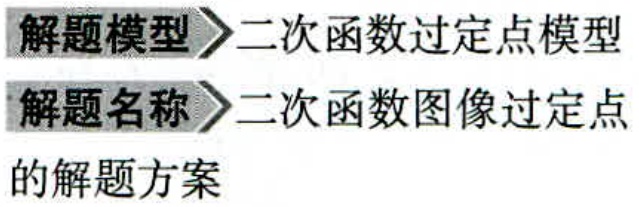
解题模型$\rhd$二次函数过定点模型
解题名称$\rhd$二次函数图像过定点
的解题方案